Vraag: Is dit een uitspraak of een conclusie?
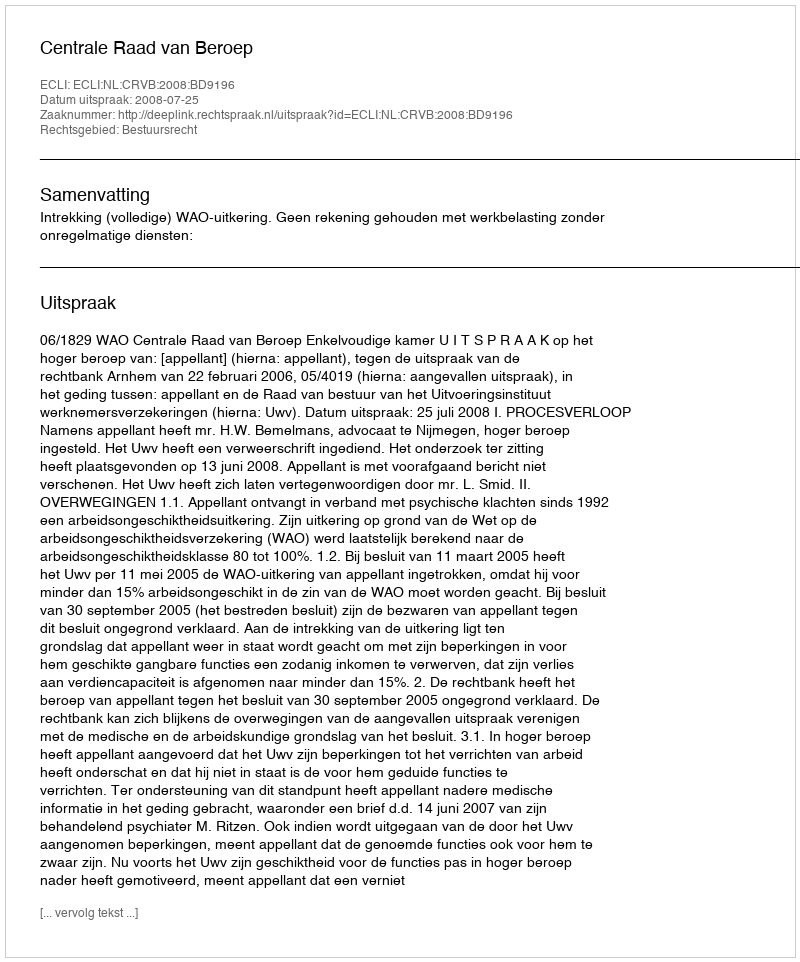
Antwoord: Uitspraak